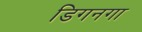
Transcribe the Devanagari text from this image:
डिगनगा